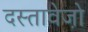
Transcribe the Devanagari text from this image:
दस्तावेजो़